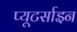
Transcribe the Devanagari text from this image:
प्यूटर्साइन